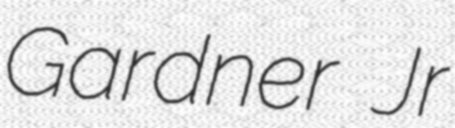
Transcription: Gardner Jr